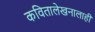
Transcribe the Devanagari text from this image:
कवितालेखनालाही